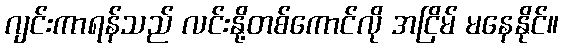
ဂျင်းကာရန်သည် လင်းနို့တစ်ကောင်လို အငြိမ် မနေနိုင်။